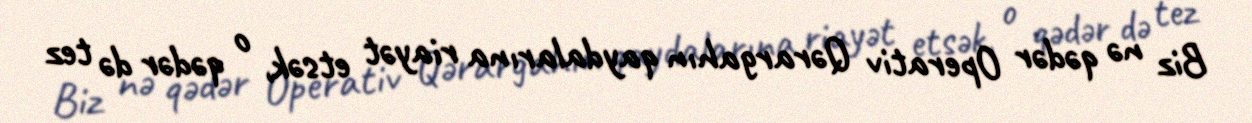
Biz nə qədər Operativ Qərargahın qaydalarına riayət etsək, o qədər də tez